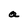
Character: a